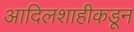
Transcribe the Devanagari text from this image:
आदिलशाहीकडून